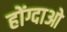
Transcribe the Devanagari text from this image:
होंग्दाओ